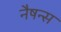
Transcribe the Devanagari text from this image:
नैषन्स